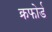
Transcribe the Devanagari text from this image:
क्रफोर्ड